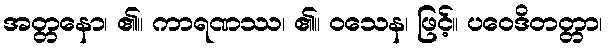
အတ္တနော၊ ၏။ ကာရဏဿ၊ ၏။ ဝသေန၊ ဖြင့်။ ပဝေဒိတတ္တာ၊